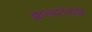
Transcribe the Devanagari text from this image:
झाल्यानंतरहि